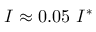
I \approx 0 . 0 5 \ I ^ { * }